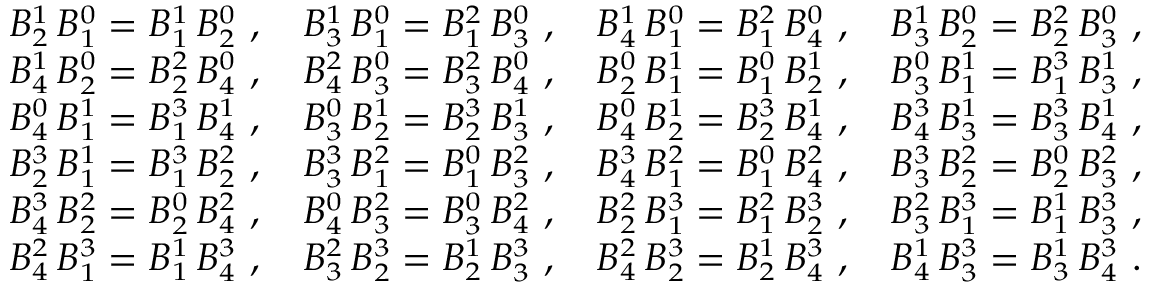
{ \small \begin{array} { l l l l } { B _ { 2 } ^ { 1 } \, B _ { 1 } ^ { 0 } = B _ { 1 } ^ { 1 } \, B _ { 2 } ^ { 0 } \ , } & { B _ { 3 } ^ { 1 } \, B _ { 1 } ^ { 0 } = B _ { 1 } ^ { 2 } \, B _ { 3 } ^ { 0 } \ , } & { B _ { 4 } ^ { 1 } \, B _ { 1 } ^ { 0 } = B _ { 1 } ^ { 2 } \, B _ { 4 } ^ { 0 } \ , } & { B _ { 3 } ^ { 1 } \, B _ { 2 } ^ { 0 } = B _ { 2 } ^ { 2 } \, B _ { 3 } ^ { 0 } \ , } \\ { B _ { 4 } ^ { 1 } \, B _ { 2 } ^ { 0 } = B _ { 2 } ^ { 2 } \, B _ { 4 } ^ { 0 } \ , } & { B _ { 4 } ^ { 2 } \, B _ { 3 } ^ { 0 } = B _ { 3 } ^ { 2 } \, B _ { 4 } ^ { 0 } \ , } & { B _ { 2 } ^ { 0 } \, B _ { 1 } ^ { 1 } = B _ { 1 } ^ { 0 } \, B _ { 2 } ^ { 1 } \ , } & { B _ { 3 } ^ { 0 } \, B _ { 1 } ^ { 1 } = B _ { 1 } ^ { 3 } \, B _ { 3 } ^ { 1 } \ , } \\ { B _ { 4 } ^ { 0 } \, B _ { 1 } ^ { 1 } = B _ { 1 } ^ { 3 } \, B _ { 4 } ^ { 1 } \ , } & { B _ { 3 } ^ { 0 } \, B _ { 2 } ^ { 1 } = B _ { 2 } ^ { 3 } \, B _ { 3 } ^ { 1 } \ , } & { B _ { 4 } ^ { 0 } \, B _ { 2 } ^ { 1 } = B _ { 2 } ^ { 3 } \, B _ { 4 } ^ { 1 } \ , } & { B _ { 4 } ^ { 3 } \, B _ { 3 } ^ { 1 } = B _ { 3 } ^ { 3 } \, B _ { 4 } ^ { 1 } \ , } \\ { B _ { 2 } ^ { 3 } \, B _ { 1 } ^ { 1 } = B _ { 1 } ^ { 3 } \, B _ { 2 } ^ { 2 } \ , } & { B _ { 3 } ^ { 3 } \, B _ { 1 } ^ { 2 } = B _ { 1 } ^ { 0 } \, B _ { 3 } ^ { 2 } \ , } & { B _ { 4 } ^ { 3 } \, B _ { 1 } ^ { 2 } = B _ { 1 } ^ { 0 } \, B _ { 4 } ^ { 2 } \ , } & { B _ { 3 } ^ { 3 } \, B _ { 2 } ^ { 2 } = B _ { 2 } ^ { 0 } \, B _ { 3 } ^ { 2 } \ , } \\ { B _ { 4 } ^ { 3 } \, B _ { 2 } ^ { 2 } = B _ { 2 } ^ { 0 } \, B _ { 4 } ^ { 2 } \ , } & { B _ { 4 } ^ { 0 } \, B _ { 3 } ^ { 2 } = B _ { 3 } ^ { 0 } \, B _ { 4 } ^ { 2 } \ , } & { B _ { 2 } ^ { 2 } \, B _ { 1 } ^ { 3 } = B _ { 1 } ^ { 2 } \, B _ { 2 } ^ { 3 } \ , } & { B _ { 3 } ^ { 2 } \, B _ { 1 } ^ { 3 } = B _ { 1 } ^ { 1 } \, B _ { 3 } ^ { 3 } \ , } \\ { B _ { 4 } ^ { 2 } \, B _ { 1 } ^ { 3 } = B _ { 1 } ^ { 1 } \, B _ { 4 } ^ { 3 } \ , } & { B _ { 3 } ^ { 2 } \, B _ { 2 } ^ { 3 } = B _ { 2 } ^ { 1 } \, B _ { 3 } ^ { 3 } \ , } & { B _ { 4 } ^ { 2 } \, B _ { 2 } ^ { 3 } = B _ { 2 } ^ { 1 } \, B _ { 4 } ^ { 3 } \ , } & { B _ { 4 } ^ { 1 } \, B _ { 3 } ^ { 3 } = B _ { 3 } ^ { 1 } \, B _ { 4 } ^ { 3 } \ . } \end{array} } \normalsize